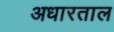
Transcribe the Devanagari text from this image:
अधारताल